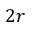
2 r